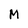
Character: M